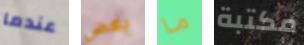
عندما بعض ما مكتبة